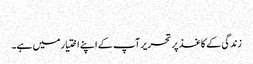
​
زندگی کے کاغذ پر تحریر آپ کے اپنے اختیار میں ہے۔